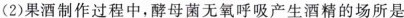
(2) 果酒制作过程中，酵母菌无氧呼吸产生酒精的场所是